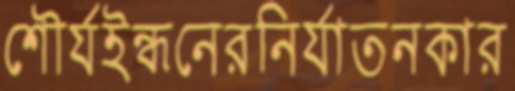
শৌর্যইন্ধনেরনির্যাতনকার